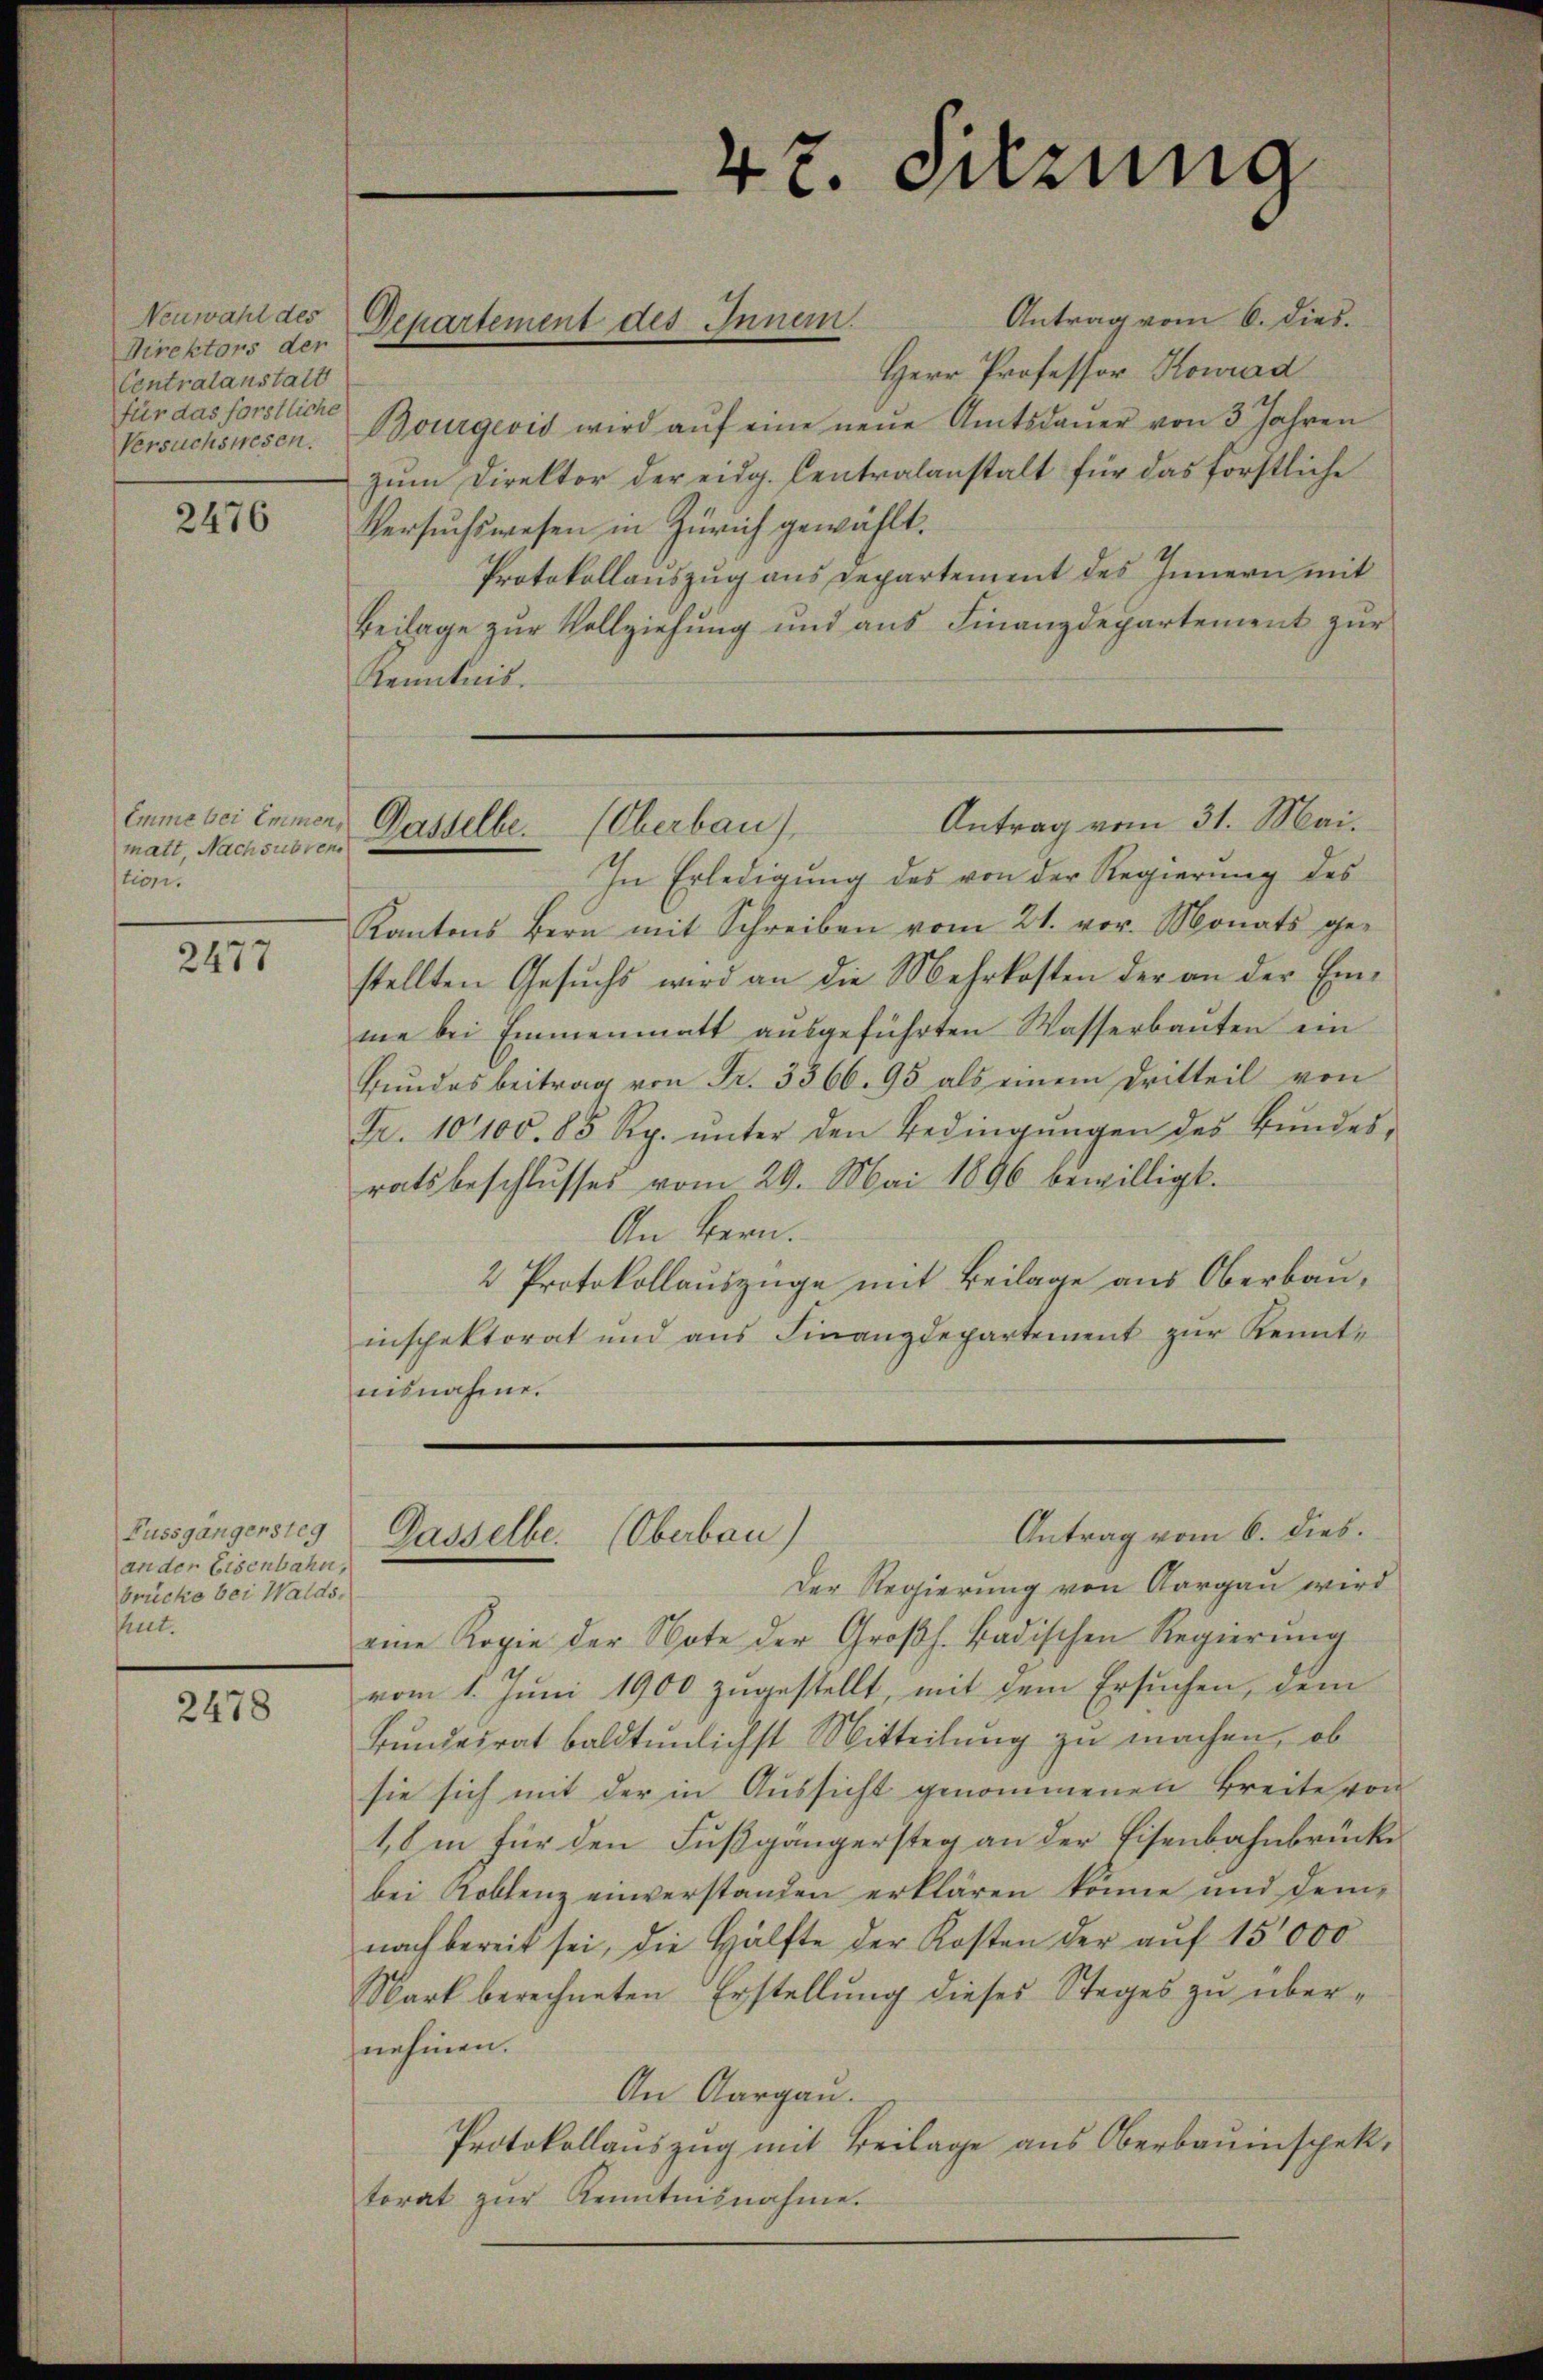
Neuwahl des
Direktors der
Centralanstalt
für das förstliche

2476

matt, Nachsubven
tion.

2477

Eussgängersteg
an der Eisenbahn,
brücke bei Walds.
hut.

2478

Antrag vom 6. dies.
Herr Professor Konrad
Versuchswesen. Bourgevis wird aŭf eine neŭe Amtsdaŭer von 3 Jahren
zum Direktor der eidg. Centralanstalt für das förstliche
Versuchswesen in Zürich gewählt.
Protokollauszug aus Departement des Innern mit
Beilage zŭr Vollziehŭng und aŭs Finanzdepartement zŭr
Kenntnis.

Departement des Innen.

47. Sitzung

Antrag vom 31. Mai.
emme bei immer, Gasselbe. Oberbau

In Erledigung des von der Regierŭng des
Kantons Bern mit Schreiben vom 21. vor. Monats ge-
stellten Gesuchs wird an die Mehrkosten der an der Einme bei Emmenmatt ausgeführten Wasserbauten ein
Bundes beitrag von Fr. 3366. 95 als einem Dritteil von
Fr. 10100. 85 Rp. ŭnter den Bedingŭngen des Bŭndes-
ratsbeschlŭsses vom 29. Mai 1896 bewilligt.
An Bern.
2 Protokollauszüge mit Beilage aus Oberbauinspektorat und aŭs Finanzdepartement zŭr Kennt-
ausnahme.

Antrag vom 6. dies.
Dasselbe. (Oberbau)

Der Regierung von Aargau wird
eine Kopie der Note der Großh. Badischen Regierŭng
vom 1. Juni 1900 zugestellt, mit dem Ersuchen, dem
Bundesrat baldtunlichst Mitteilung zu machen, ob
sie sich mit der in Aussicht genommenen Breite von
1,8 in für den Fußgängersteg an der Eisenbahnbrücke
bei Koblenz einverständen erklären könne und demnach bereit sei, die Hälfte der Kosten der aŭf 15,000
Mark berechneten Erstellung dieses Steges zu übernehmen.
An Aargau.
Protokollauszug mit Beilage aus Oberbauinspektorat zŭr Kenntnisnahme.